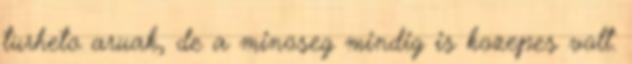
turheto aruak, de a minoseg mindig is kozepes volt.